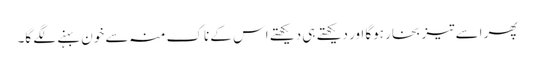
پھر اسے تیز بخار ہوگا اور دیکھتے ہی دیکھتے اس کے ناک منہ سے خون بہنے لگے گا۔